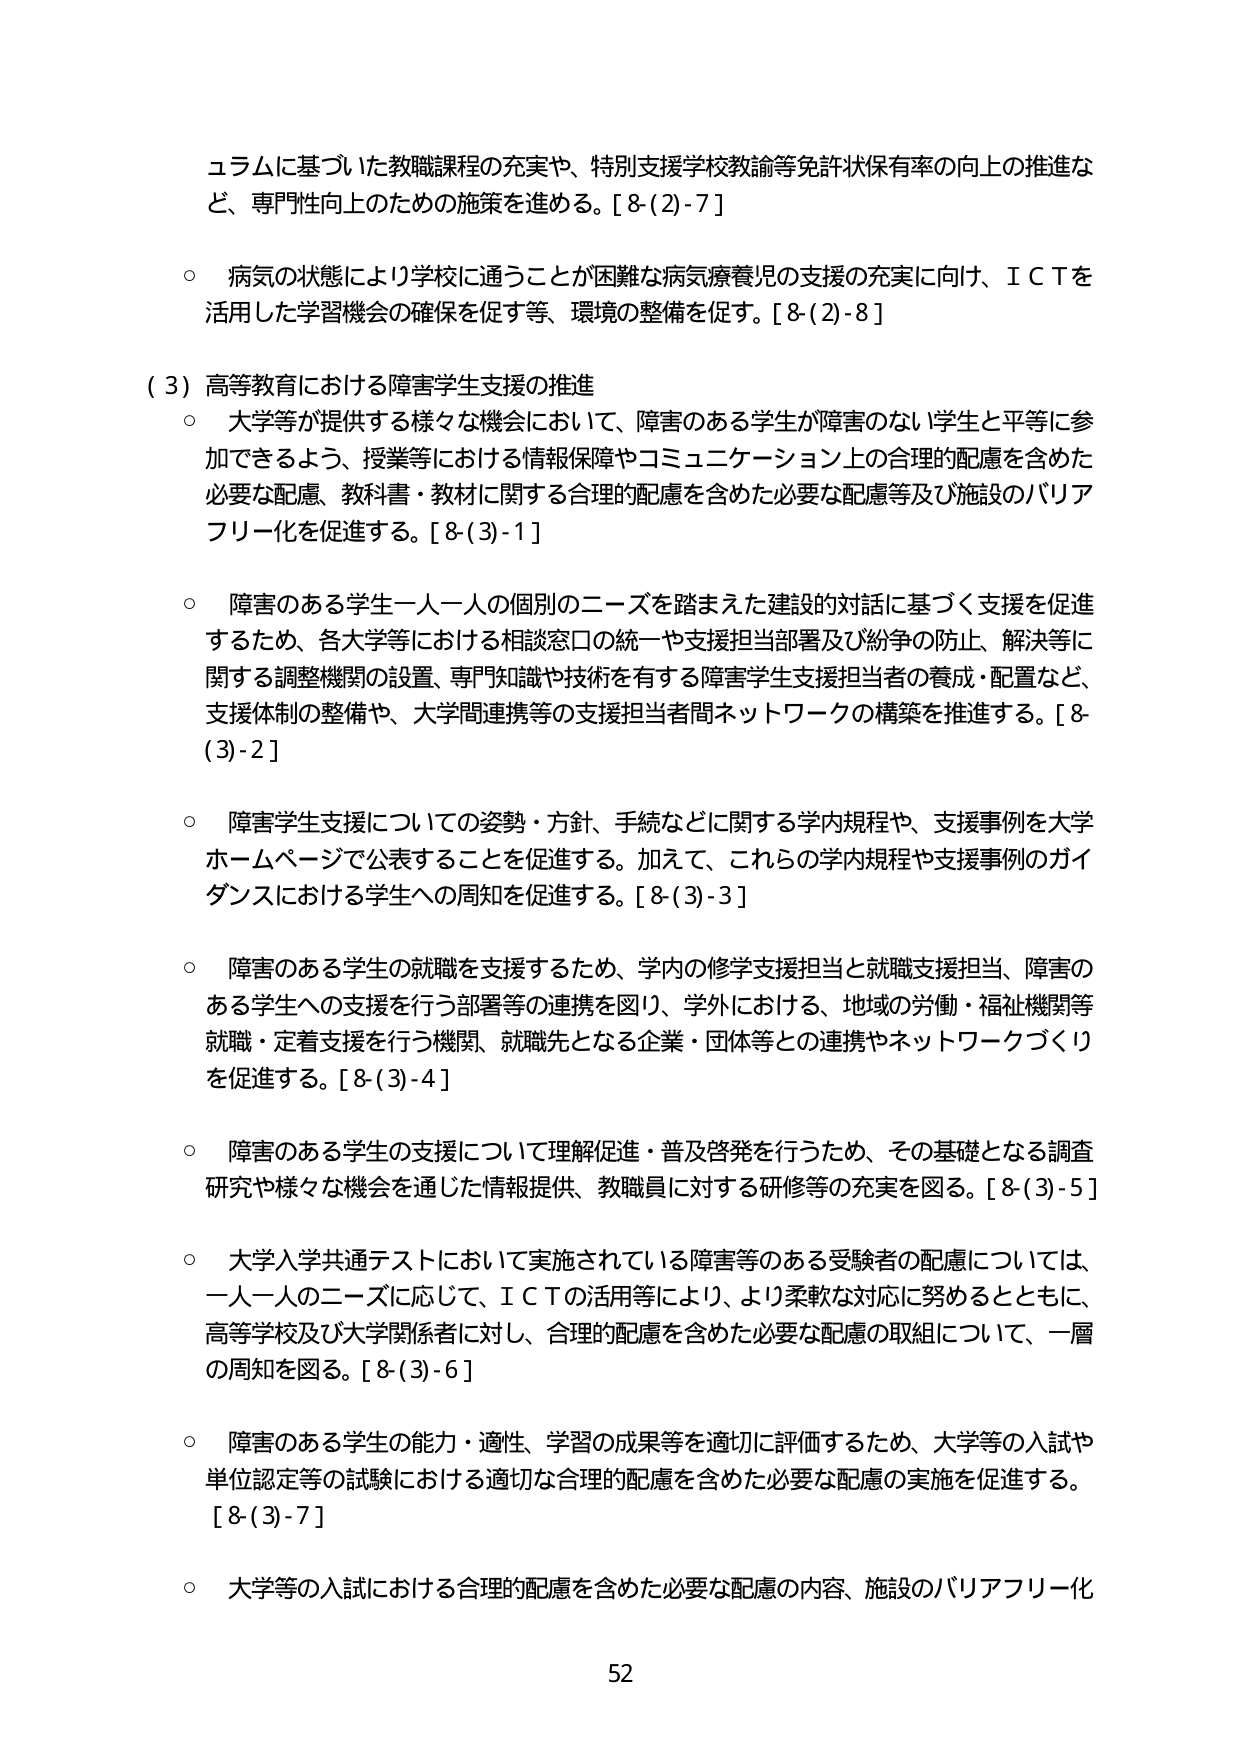
ユラムに基づいた教職課程の充実や、特別支援学校教諭等免許状保有率の向上の推進など、専門性向上のための施策を進める。[8-(2)-7]

○ 病気の状態により学校に通うことが困難な病気療養児の支援の充実に向け、ＩＣＴを活用した学習機会の確保を促す等、環境の整備を促す。[8-(2)-8]

（3）高等教育における障害学生支援の推進

○ 大学等が提供する様々な機会において、障害のある学生が障害のない学生と平等に参加できるよう、授業等における情報保障やコミュニケーション上の合理的配慮を含めた必要な配慮、教科書・教材に関する合理的配慮を含めた必要な配慮等及び施設のバリアフリー化を促進する。[8-(3)-1]

○ 障害のある学生一人一人の個別のニーズを踏まえた建設的対話に基づく支援を促進するため、各大学等における相談窓口の統一や支援担当部署及び紛争の防止、解決等に関する調整機関の設置、専門知識や技術を有する障害学生支援担当者の養成・配置など、支援体制の整備や、大学間連携等の支援担当者間ネットワークの構築を推進する。[8-(3)-2]

○ 障害学生支援についての姿勢・方針、手続などに関する学内規程や、支援事例を大学ホームページで公表することを促進する。加えて、これらの学内規程や支援事例のガイダンスにおける学生への周知を促進する。[8-(3)-3]

○ 障害のある学生の就職を支援するため、学内の修学支援担当と就職支援担当、障害のある学生への支援を行う部署等の連携を図り、学外における、地域の労働・福祉機関等就職・定着支援を行う機関、就職先となる企業・団体等との連携やネットワークづくりを促進する。[8-(3)-4]

○ 障害のある学生の支援について理解促進・普及啓発を行うため、その基礎となる調査研究や様々な機会を通じた情報提供、教職員に対する研修等の充実を図る。[8-(3)-5]

○ 大学入学共通テストにおいて実施されている障害等のある受験者の配慮については、一人一人のニーズに応じて、ＩＣＴの活用等により、より柔軟な対応に努めるとともに、高等学校及び大学関係者に対し、合理的配慮を含めた必要な配慮の取組について、一層の周知を図る。[8-(3)-6]

○ 障害のある学生の能力・適性、学習の成果等を適切に評価するため、大学等の入試や単位認定等の試験における適切な合理的配慮を含めた必要な配慮の実施を促進する。[8-(3)-7]

○ 大学等の入試における合理的配慮を含めた必要な配慮の内容、施設のバリアフリー化

52